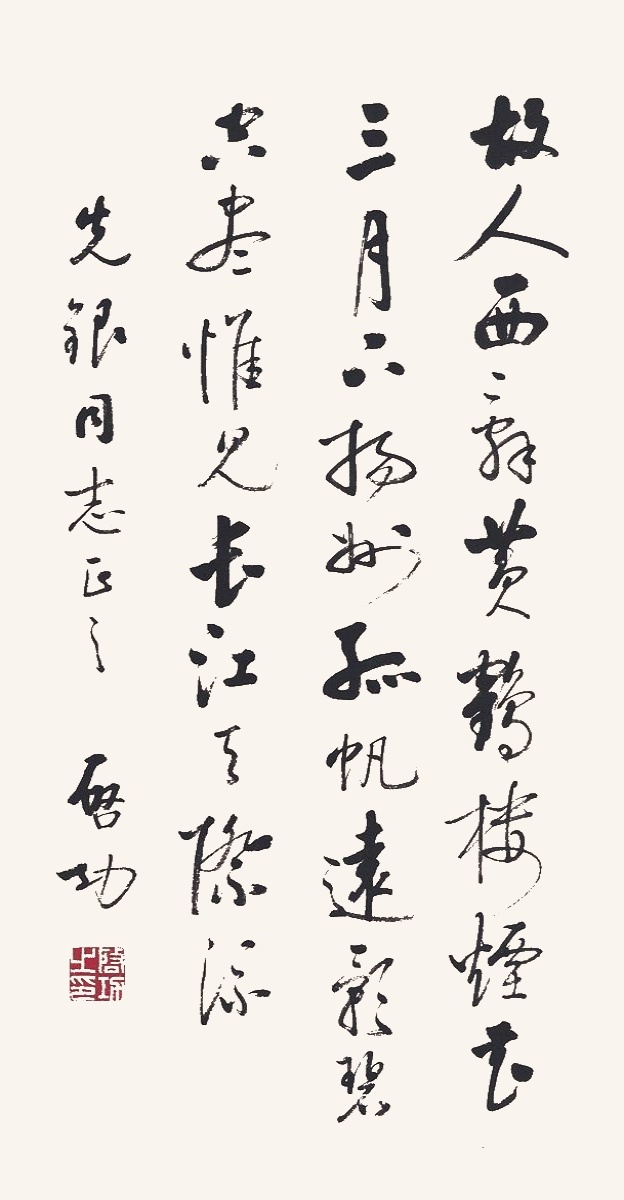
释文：故人西辞黄鹤楼，烟花三月下扬州。孤帆远影碧空尽，唯见长江天际流。先银同志正之，启功。